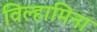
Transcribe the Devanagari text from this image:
विल्हामिना